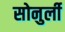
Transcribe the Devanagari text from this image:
सोनुर्ली